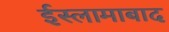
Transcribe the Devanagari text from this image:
ईस्लामाबाद